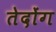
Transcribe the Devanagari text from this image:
तेदोंग